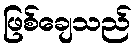
ဖြစ်ချေသည်